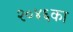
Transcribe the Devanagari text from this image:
२०४६का